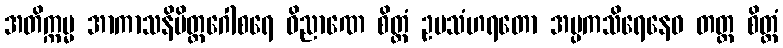
အတိက္ကမ္မ အာကာသနိမိတ္တဂေါစရေ ဝိညာဏေ စိတ္တံ ဥပသံဟရတော အပ္ပကသိရေနေဝ တတ္ထ စိတ္တံ